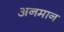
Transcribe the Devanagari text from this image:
अनमान